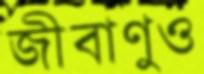
জীবাণুও